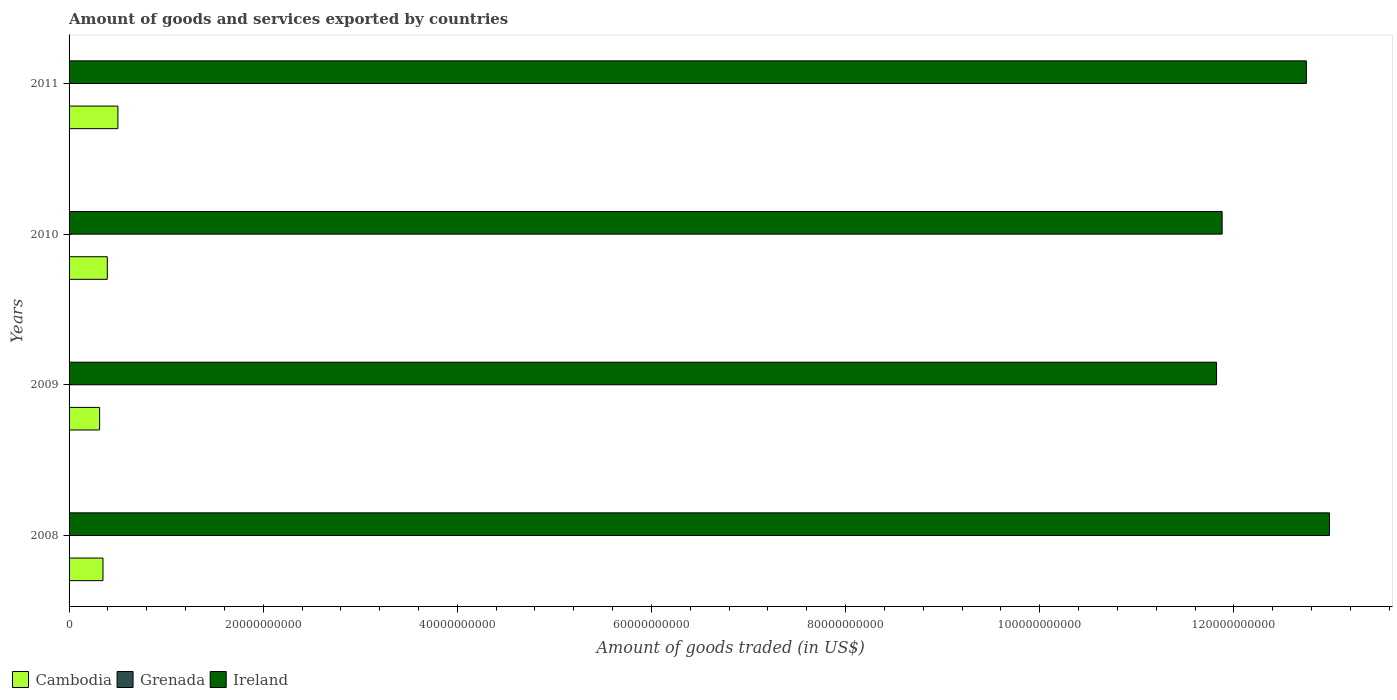
| Years | Cambodia | Grenada | Ireland |
 | --- | --- | --- | --- |
 | 2008 | 3.49e+09 | 4.05e+07 | 1.3e+11 |
 | 2009 | 3.15e+09 | 3.53e+07 | 1.18e+11 |
 | 2010 | 3.94e+09 | 3.11e+07 | 1.19e+11 |
 | 2011 | 5.03e+09 | 3.72e+07 | 1.27e+11 |